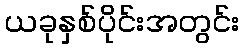
ယခုနှစ်ပိုင်းအတွင်း